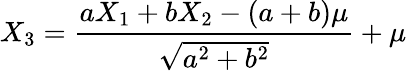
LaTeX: X_{3}={\frac{aX_{1}+bX_{2}-(a+b)\mu}{\sqrt{a^{2}+b^{2}}}}+\mu